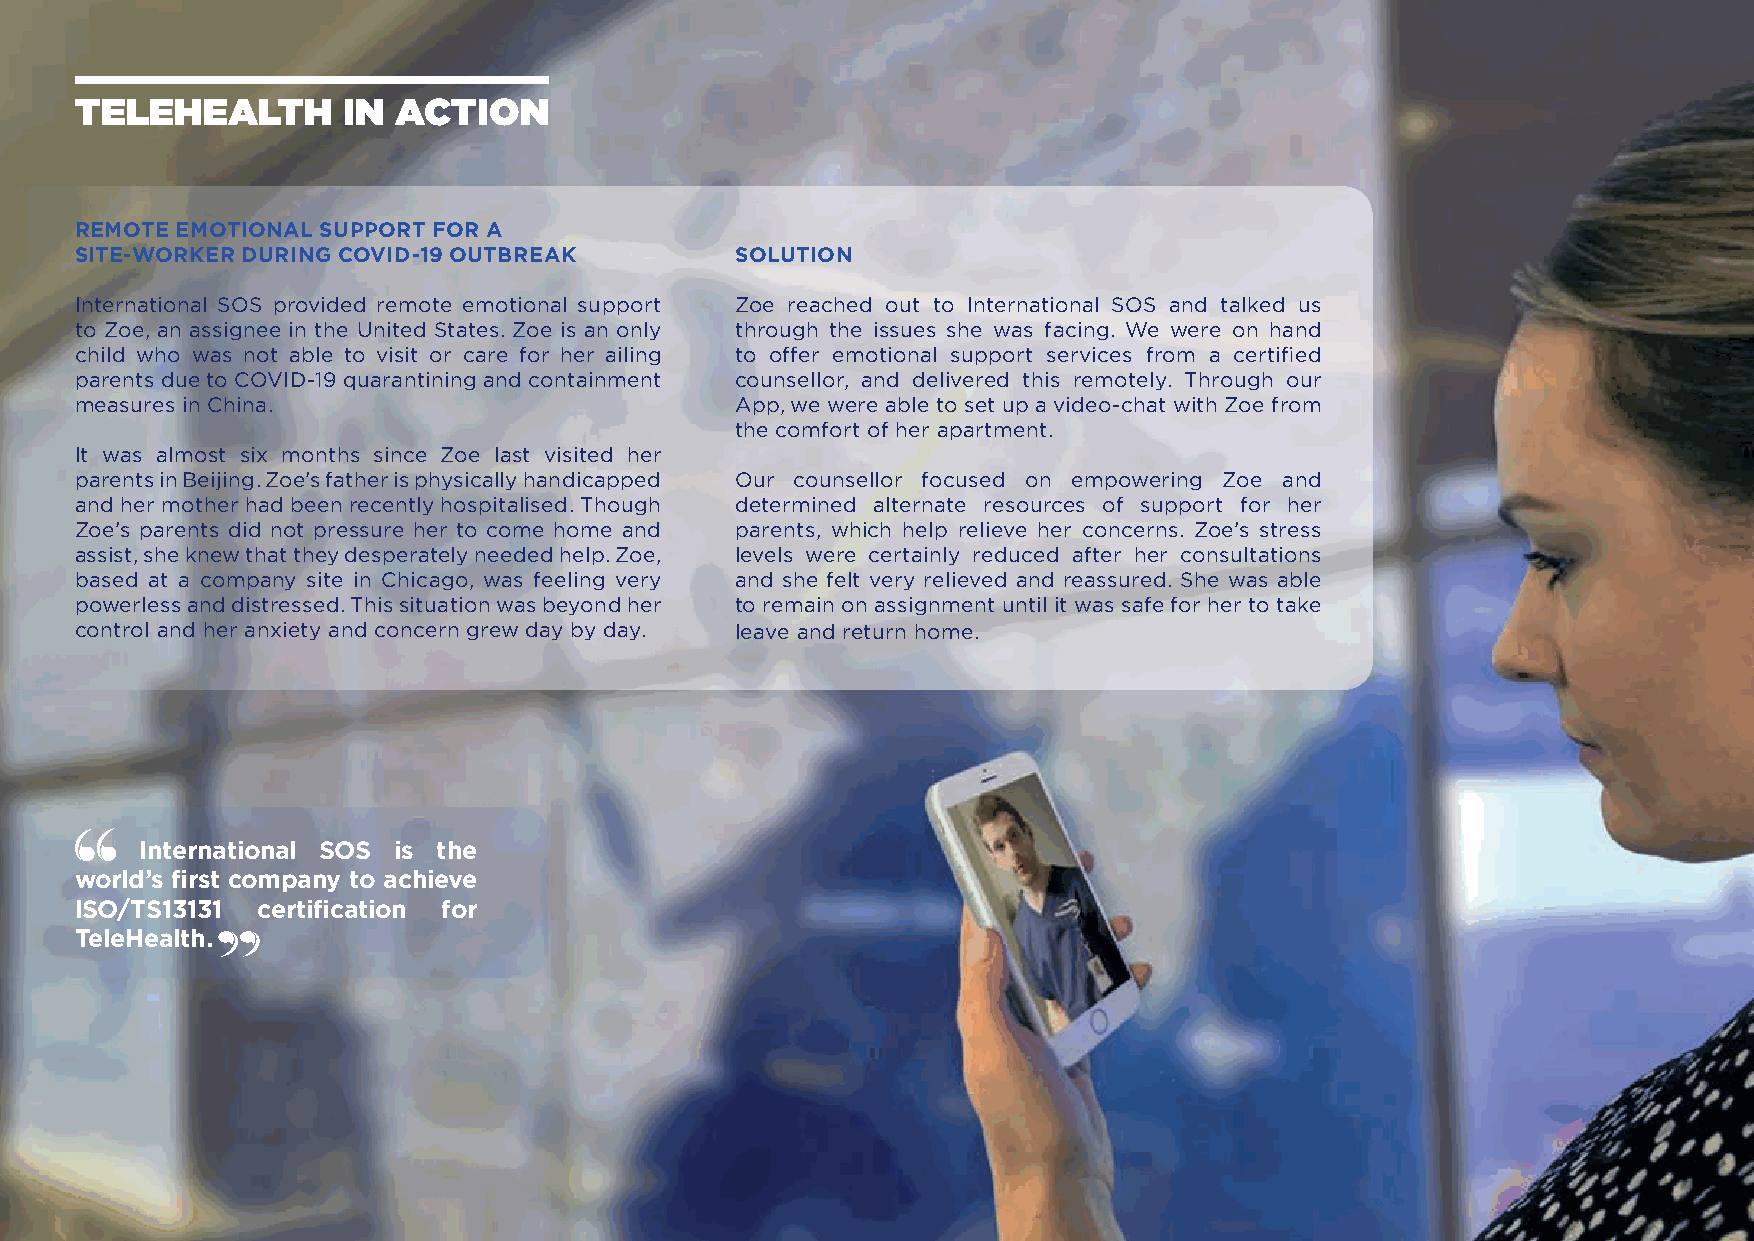
TELEHEALTH        IN ACTION
 REMOTE EMOTIONAL SUPPORT FOR A
 SITE-WORKER DURING COVID-19 OUTBREAK        SOLUTION
 International SOS provided remote emotional support Zoe reached out to International SOS and talked us
 to Zoe, an assignee in the United States. Zoe is an only through the issues she was facing. We were on hand
 child who was not able to visit or care for her ailing to offer emotional support services from a certified
 parents due to COVID-19 quarantining and containment counsellor, and delivered this remotely. Through our
 measures in China.                          App, we were able to set up a video-chat with Zoe from
 the comfort of her apartment.
 It was almost six months since Zoe last visited her
 parents in Beijing. Zoe’s father is physically handicapped Our counsellor focused on empowering Zoe and
 and her mother had been recently hospitalised. Though determined alternate resources of support for her
 Zoe’s parents did not pressure her to come home and parents, which help relieve her concerns. Zoe’s stress
 assist, she knew that they desperately needed help. Zoe, levels were certainly reduced after her consultations
 based at a company site in Chicago, was feeling very and she felt very relieved and reassured. She was able
 powerless and distressed. This situation was beyond her to remain on assignment until it was safe for her to take
 control and her anxiety and concern grew day by day. leave and return home.
 International SOS is the
 world’s first company to achieve
 ISO/TS13131 certification for
 TeleHealth.